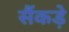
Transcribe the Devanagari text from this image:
सैंकड़े